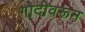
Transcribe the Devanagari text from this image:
गोदीवरून